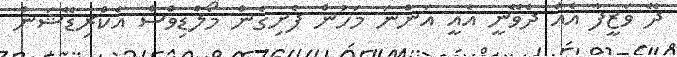
ދޭ ވަޒީފާ އެއް ދެވޭނީ އެއީ އަންނަ މަހުން ފެށިގެން މޯލްޑިވްސް އެކްރިޑޭޝަން